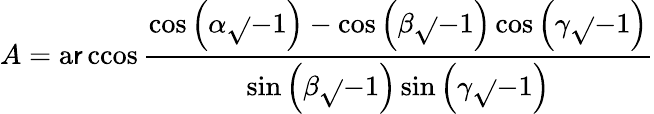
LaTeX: A=\operatorname{a\mathsf{r}ccos}{\frac{{\cos\left(\alpha{\sqrt{}{{-1}}}\right)-\cos\left(\beta{\sqrt{}{{-1}}}\right)\cos\left(\gamma{\sqrt{}{{-1}}}\right)}}{{\sin\left(\beta{\sqrt{}{{-1}}}\right)\sin\left(\gamma{\sqrt{}{{-1}}}\right)}}}